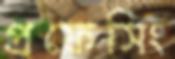
প্রফেসিং